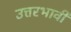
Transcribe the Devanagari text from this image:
उत्तरभावी